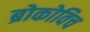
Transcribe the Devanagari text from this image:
ब्रोकोविच